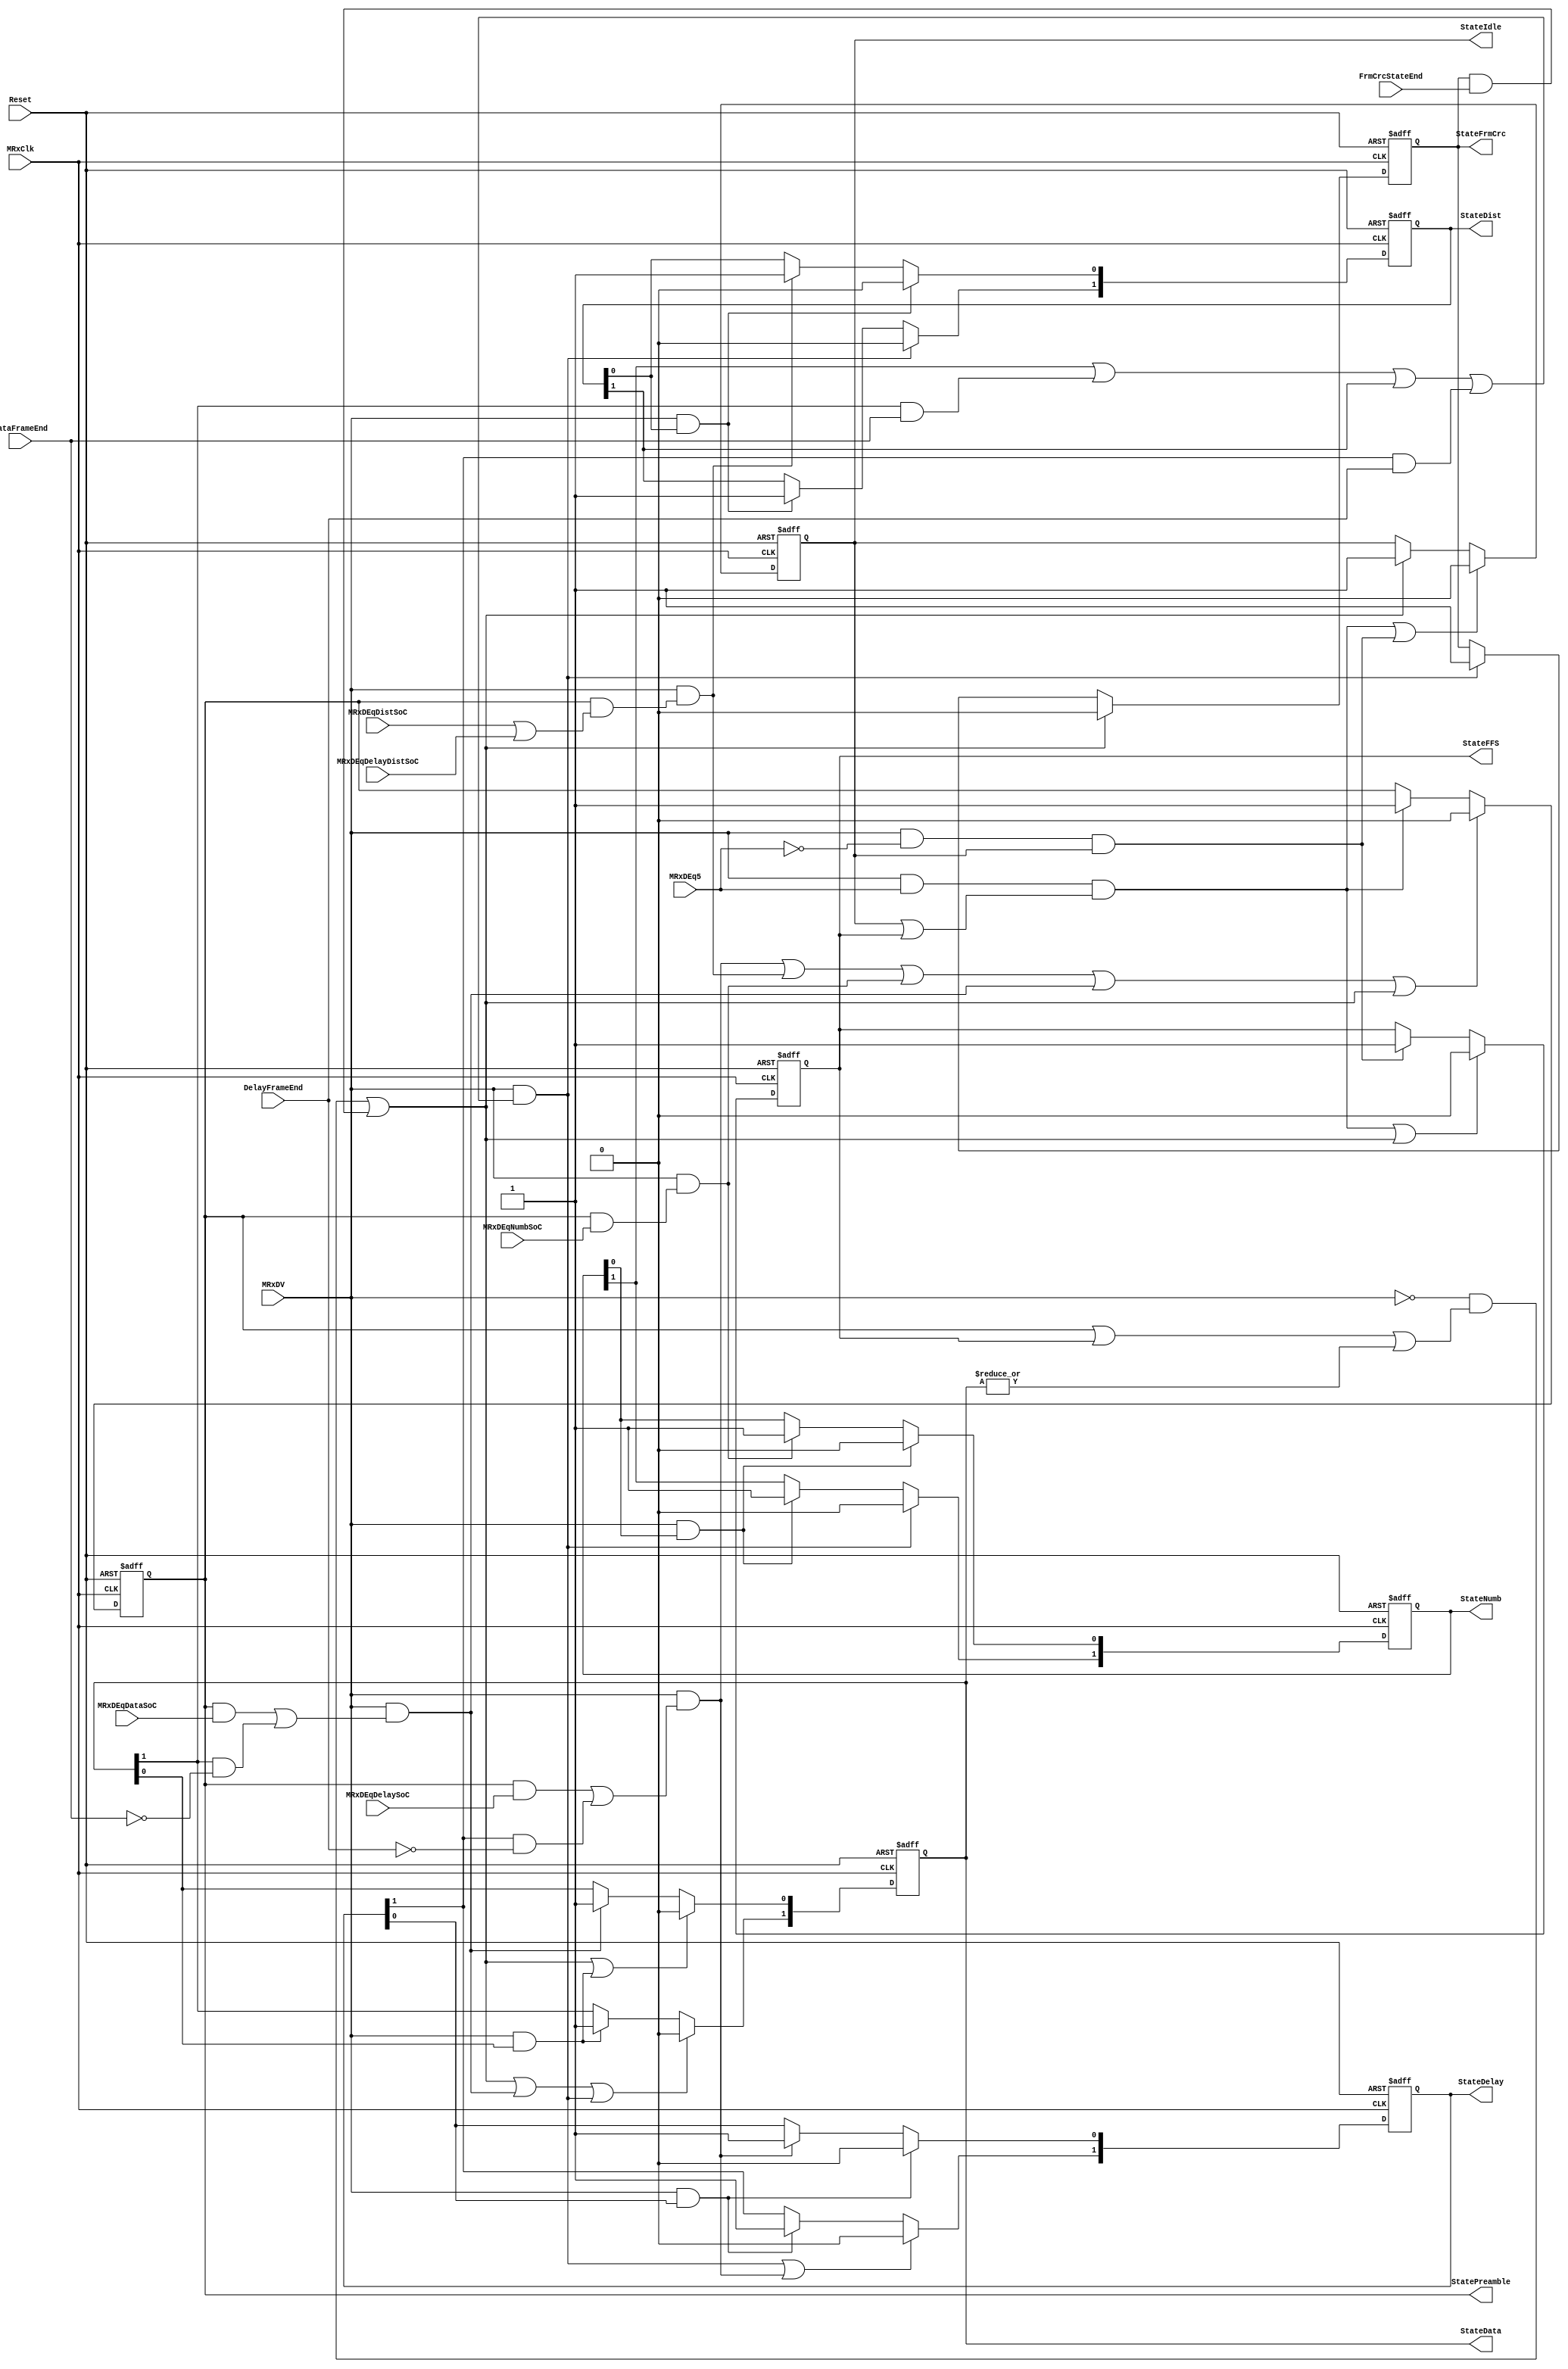
module fb_rxstatem (MRxClk, Reset, MRxDV, MRxDEq5, MRxDEqDataSoC, MRxDEqNumbSoC, MRxDEqDistSoC, MRxDEqDelaySoC,MRxDEqDelayDistSoC,
                    DelayFrameEnd, DataFrameEnd, FrmCrcStateEnd, StateIdle, StateFFS, StatePreamble, 
                    StateNumb, StateDist, StateDelay, StateData, StateFrmCrc
                    );

input         MRxClk;
input         Reset;
input         MRxDV;

input         MRxDEq5;
input         MRxDEqDataSoC;
input         MRxDEqNumbSoC;
input         MRxDEqDistSoC;
input         MRxDEqDelaySoC;
input         MRxDEqDelayDistSoC;
input         DelayFrameEnd;
input         DataFrameEnd;
input         FrmCrcStateEnd;


output        StateIdle;
output        StateFFS;
output        StatePreamble;
output [1:0]  StateNumb;
output [1:0]  StateDist;
output [1:0]  StateDelay;
output [1:0]  StateData;
output        StateFrmCrc;

reg           StateIdle;
reg           StateFFS;
reg           StatePreamble;
reg   [1:0]   StateNumb;
reg   [1:0]   StateDist;
reg   [1:0]   StateDelay;
reg   [1:0]   StateData;
reg           StateFrmCrc;

wire          StartIdle;
wire          StartFFS;
wire          StartPreamble;
wire  [1:0]   StartNumb;
wire  [1:0]   StartDist;
wire  [1:0]   StartDelay;
wire  [1:0]   StartData;
wire          StartFrmCrc;


// Defining the next state
assign StartIdle = ~MRxDV & ( StatePreamble | StateFFS | (|StateData) ) | StateFrmCrc & FrmCrcStateEnd;

assign StartFFS = MRxDV & ~MRxDEq5 & StateIdle;

assign StartPreamble = MRxDV & MRxDEq5 & (StateIdle | StateFFS);

assign StartNumb[0]    = MRxDV & (StatePreamble & MRxDEqNumbSoC);

assign StartNumb[1]    = MRxDV & StateNumb[0];

assign StartDist[0]    = MRxDV & (StatePreamble & (MRxDEqDistSoC | MRxDEqDelayDistSoC ));

assign StartDist[1]    = MRxDV & StateDist[0];

assign StartDelay[0]   = MRxDV & (StatePreamble & MRxDEqDelaySoC | StateDelay[1] & ~DelayFrameEnd);

assign StartDelay[1]   = MRxDV & StateDelay[0];

assign StartData[0]    = MRxDV & (StatePreamble & MRxDEqDataSoC | (StateData[1] & ~DataFrameEnd));

assign StartData[1]    = MRxDV & StateData[0] ;

assign StartFrmCrc     = MRxDV & (StateNumb[1] | StateData[1] & DataFrameEnd | StateDist[1] | StateDelay[1] & DelayFrameEnd);
/*assign StartDrop = MRxDV & (StateIdle & Transmitting | StateSFD & ~IFGCounterEq24 &
                   MRxDEqD |  StateData0 &  ByteCntMaxFrame);*/

// Rx State Machine
always @ (posedge MRxClk or posedge Reset)
begin
  if(Reset)
    begin
      StateIdle     <=  1'b1;
      StatePreamble <=  1'b0;
      StateFFS      <=  1'b0;
      StateNumb     <=  2'b0;
      StateDist     <=  2'b0;
      StateDelay    <=  2'b0;
      StateData     <=  2'b0;
      StateFrmCrc   <=  1'b0;
    end
  else
    begin
      if(StartPreamble | StartFFS)
        StateIdle <=  1'b0;
      else
      if(StartIdle)
        StateIdle <=  1'b1;
      
     if(StartPreamble | StartIdle)
        StateFFS <=  1'b0;
      else
      if(StartFFS)
        StateFFS <=  1'b1;
      
      if(StartDelay[0] | StartDist[0] |StartNumb[0] | StartData[0] | StartIdle )
        StatePreamble <=  1'b0;
      else
      if(StartPreamble)
        StatePreamble <=  1'b1;
      
      if(StartNumb[1])
        StateNumb[0] <=  1'b0;
      else
      if(StartNumb[0])
        StateNumb[0] <=  1'b1;
      
     if(StartFrmCrc)
        StateNumb[1] <=  1'b0;
      else
      if(StartNumb[1])
        StateNumb[1] <=  1'b1;
//
     if(StartDist[1])
        StateDist[0] <=  1'b0;
      else
      if(StartDist[0])
        StateDist[0] <=  1'b1;
        
      if(StartFrmCrc)
        StateDist[1] <=  1'b0;
      else
      if(StartDist[1])
        StateDist[1] <=  1'b1;
        
      if(StartDelay[1])
        StateDelay[0] <=  1'b0;
      else
      if(StartDelay[0])
        StateDelay[0] <=  1'b1;
      
      if(StartFrmCrc | StartDelay[0])
        StateDelay[1] <=  1'b0;
      else
      if(StartDelay[1])
        StateDelay[1] <=  1'b1;

      if(StartIdle | StartData[1])
        StateData[0] <=  1'b0;
      else
      if(StartData[0])
        StateData[0] <=  1'b1;
      
     if(StartIdle | StartData[0] | StartFrmCrc)
        StateData[1] <=  1'b0;
      else
      if(StartData[1])
        StateData[1] <=  1'b1;
      
     if(StartIdle)
        StateFrmCrc  <=  1'b0;
      else
      if(StartFrmCrc)
        StateFrmCrc  <=  1'b1;
    end
end

endmodule